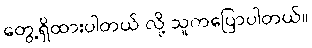
တွေ့ရှိထားပါတယ် လို့ သူကပြောပါတယ်။